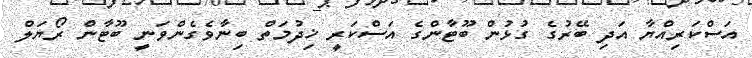
އަސްކަރިއްޔާ އަދި ބޭރުގެ ގުޅުން ބޫޓާންގެ އަސްކަރީ ޚިދުމަތް ބިނާވެގެންވަނީ ބޫޓާން ރޯޔަލް